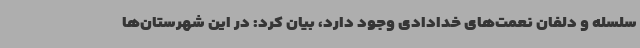
سلسله و دلفان نعمت‌های خدادادی وجود دارد، بیان کرد: در این شهرستان‌ها